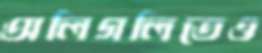
অলিগলিতেও